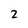
Character: 2